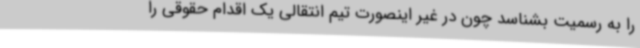
را به رسمیت بشناسد چون در غیر اینصورت تیم انتقالی یک اقدام حقوقی را